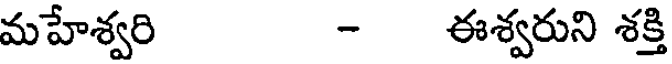
మహేశ్వరి - ఈశ్వరుని శక్తి